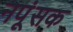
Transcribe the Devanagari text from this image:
नपूंसक